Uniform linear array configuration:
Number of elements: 8
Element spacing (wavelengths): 0.75
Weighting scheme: kaiser
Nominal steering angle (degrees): -45
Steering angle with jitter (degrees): -45.928
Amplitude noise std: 0.05
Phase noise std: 0.05

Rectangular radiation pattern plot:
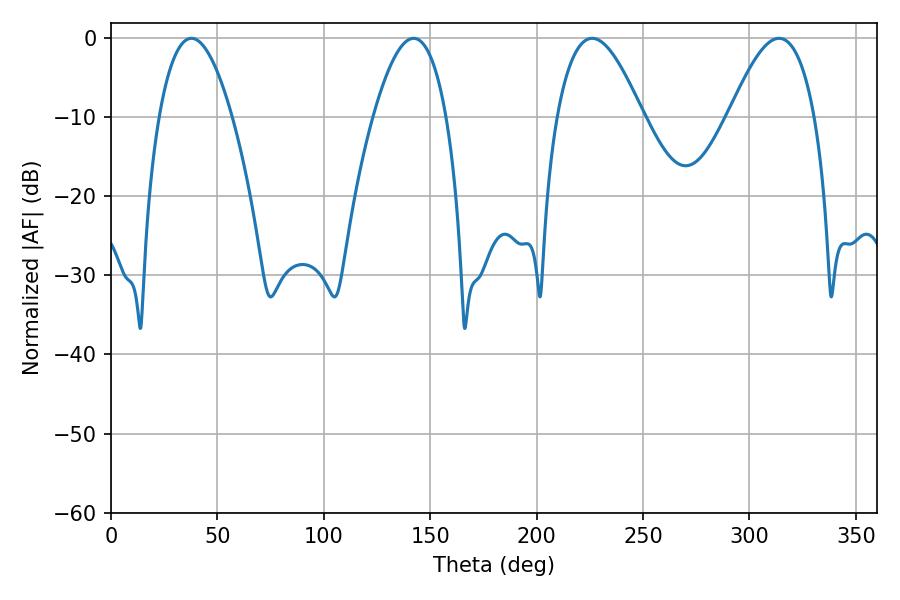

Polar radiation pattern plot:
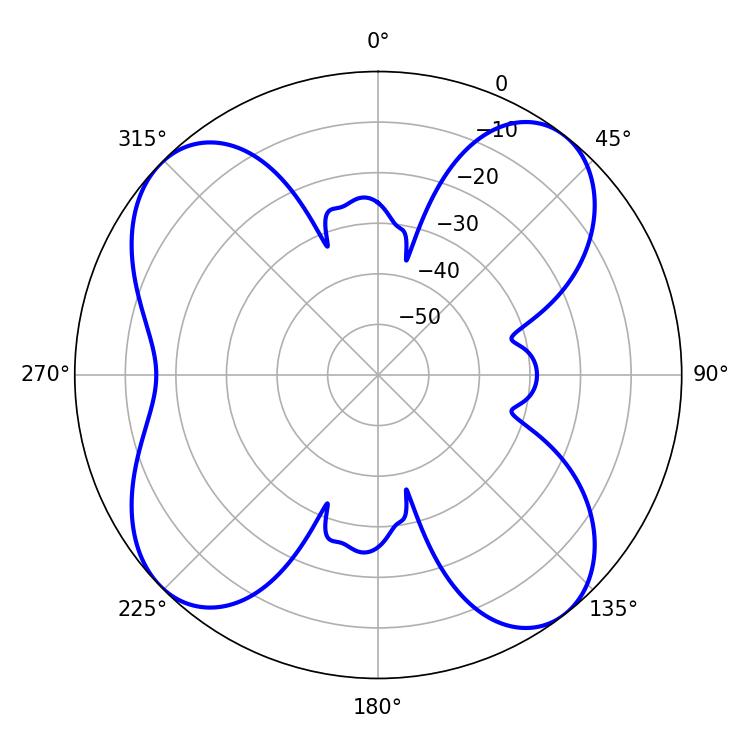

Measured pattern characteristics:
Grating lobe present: TRUE
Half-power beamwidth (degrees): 18.9
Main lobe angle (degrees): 37.8